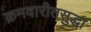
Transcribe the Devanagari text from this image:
क्रमवारीतसुद्धा